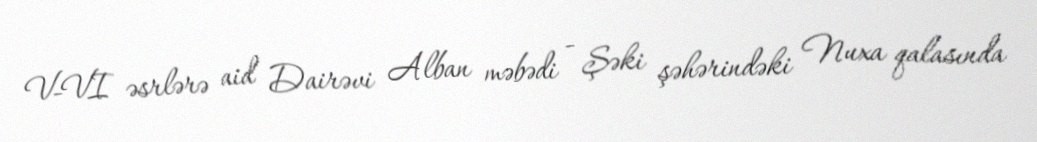
V-VI əsrlərə aid Dairəvi Alban məbədi - Şəki şəhərindəki Nuxa qalasında